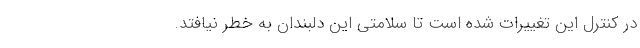
در کنترل این تغییرات شده است تا سلامتی این دلبندان به خطر نیافتد.